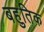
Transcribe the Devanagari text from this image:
बहुतिक